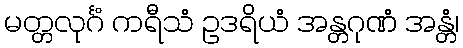
မတ္တလုင်္ဂံ ကရီသံ ဥဒရိယံ အန္တဂုဏံ အန္တံ၊